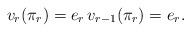
LaTeX: \begin{align*}v_r(\pi_r)=e_r\,v_{r-1}(\pi_r)=e_r.\end{align*}